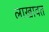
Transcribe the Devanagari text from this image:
लाखावत